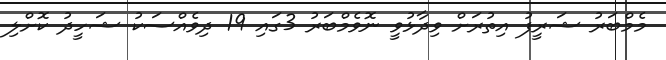
މެމްބަރު ޝަރީފު އިތުރަށް ވިދާޅުވީ ނޮވެމްބަރު 3ގައި 19 ދިވެއްސަކު ޝަހީދު ކޮށްލި